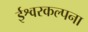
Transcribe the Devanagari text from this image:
ईश्वरकल्पना